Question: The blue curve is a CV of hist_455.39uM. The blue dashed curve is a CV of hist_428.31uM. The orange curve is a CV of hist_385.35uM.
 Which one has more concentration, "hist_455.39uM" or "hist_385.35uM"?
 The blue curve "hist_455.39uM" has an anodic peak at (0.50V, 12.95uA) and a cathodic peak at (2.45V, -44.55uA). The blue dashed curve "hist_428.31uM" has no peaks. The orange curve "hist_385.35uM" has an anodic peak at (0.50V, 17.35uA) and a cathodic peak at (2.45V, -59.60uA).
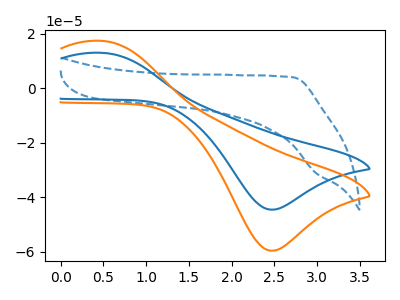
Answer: <think>All the peaks in "hist_455.39uM" have a peak in "hist_385.35uM" at the same potential. Every peak in "hist_455.39uM" is lower than every peak in "hist_385.35uM".
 </think>
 <answer>"hist_455.39uM" has less signal than "hist_385.35uM" and so likely has a lower concentration.</answer>
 <eval>less_concentration</eval>